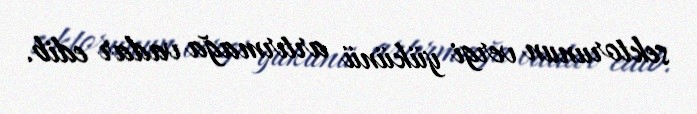
sektorunun vergi yükünü artırmağa vadar edib.